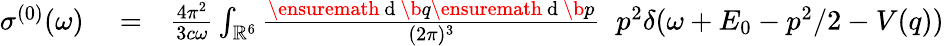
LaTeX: \begin{array}{rlr}{\sigma^{(0)}(\omega)}&{{}=}&{\frac{4\pi^{2}}{3c\omega}\int_{\mathbb{R}^{6}}\frac{\ensuremath{\mathrm{~d~}}\b{q}\ensuremath{\mathrm{~d~}}\b{p}}{(2\pi)^{3}}\; \; p^{2}\delta(\omega+E_{0}-p^{2}/2-V(q))}\end{array}